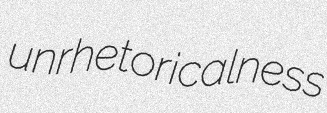
unrhetoricalness